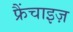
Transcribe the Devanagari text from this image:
फ्रैंचाइज़